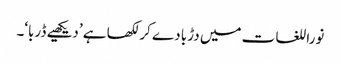
نوراللغات میں دڑبا دے کر لکھا ہے ’دیکھیے ڈربا‘۔